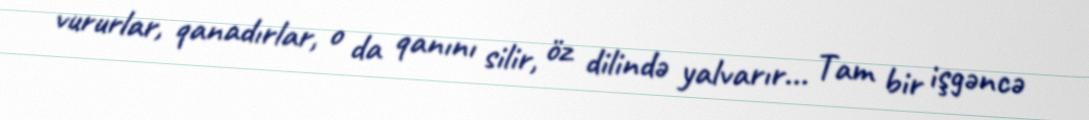
vururlar, qanadırlar, o da qanını silir, öz dilində yalvarır... Tam bir işgəncə